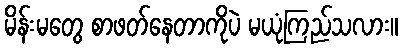
မိန်းမတွေ စာဖတ်နေတာကိုပဲ မယုံကြည်သလား။